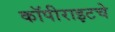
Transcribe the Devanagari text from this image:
कॉपीराइटचे